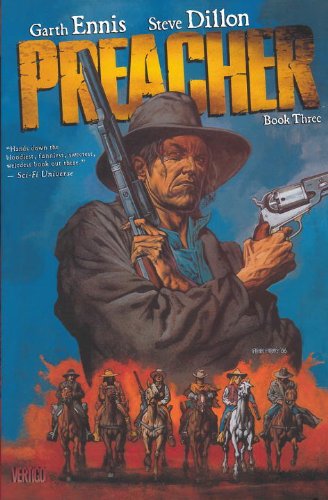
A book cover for Preacher Book Three; Garth Ennis; Comics & Graphic Novels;